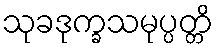
သုခဒုက္ခသမုပ္ပတ္တိ